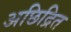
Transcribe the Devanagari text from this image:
अछिद्रित